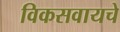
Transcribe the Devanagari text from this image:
विकसवायचे